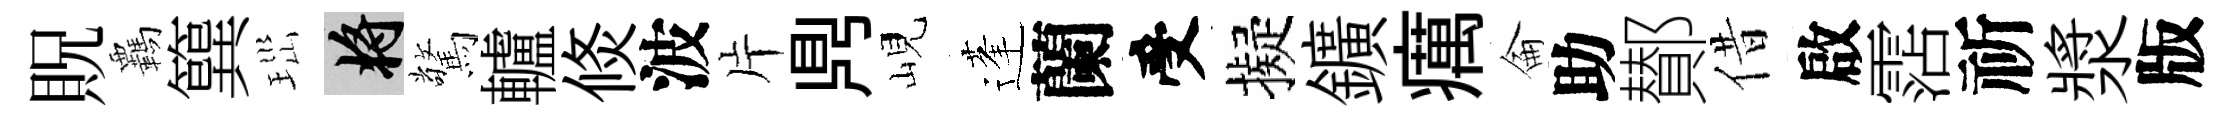
貺覊簨𤤼將驚轤倐波片𪔂峴蓬蘭受擬鑛癘侖助鄼借啟霑祈漿版